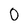
Character: 0